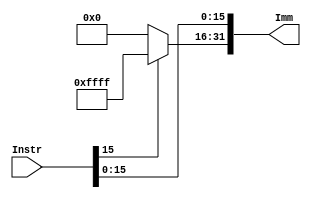
`timescale 1ns / 1ps
//////////////////////////////////////////////////////////////////////////////////
// Company: 
// Engineer: 
// 
// Design Name: 
// Module Name: signEx
// Project Name: 
// Target Devices: 
// Tool Versions: 
// Description: 
// 
// Dependencies: 
// 
// Revision:
// Revision 0.01 - File Created
// Additional Comments:
// 
//////////////////////////////////////////////////////////////////////////////////


module signEx(Instr, Imm);
    input wire [31:0] Instr;
    output reg [31:0] Imm;
    wire [15:0] shortImm;
    assign shortImm = Instr[15:0];
    always @ (*)
    begin
        Imm[15:0] <= shortImm;
        if (shortImm[15] == 1)
            Imm[31:16] <= 16'b1111111111111111;
        else
            Imm[31:16] <= 16'b0000000000000000;
    end
endmodule